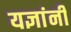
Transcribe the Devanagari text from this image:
यज्ञांनी